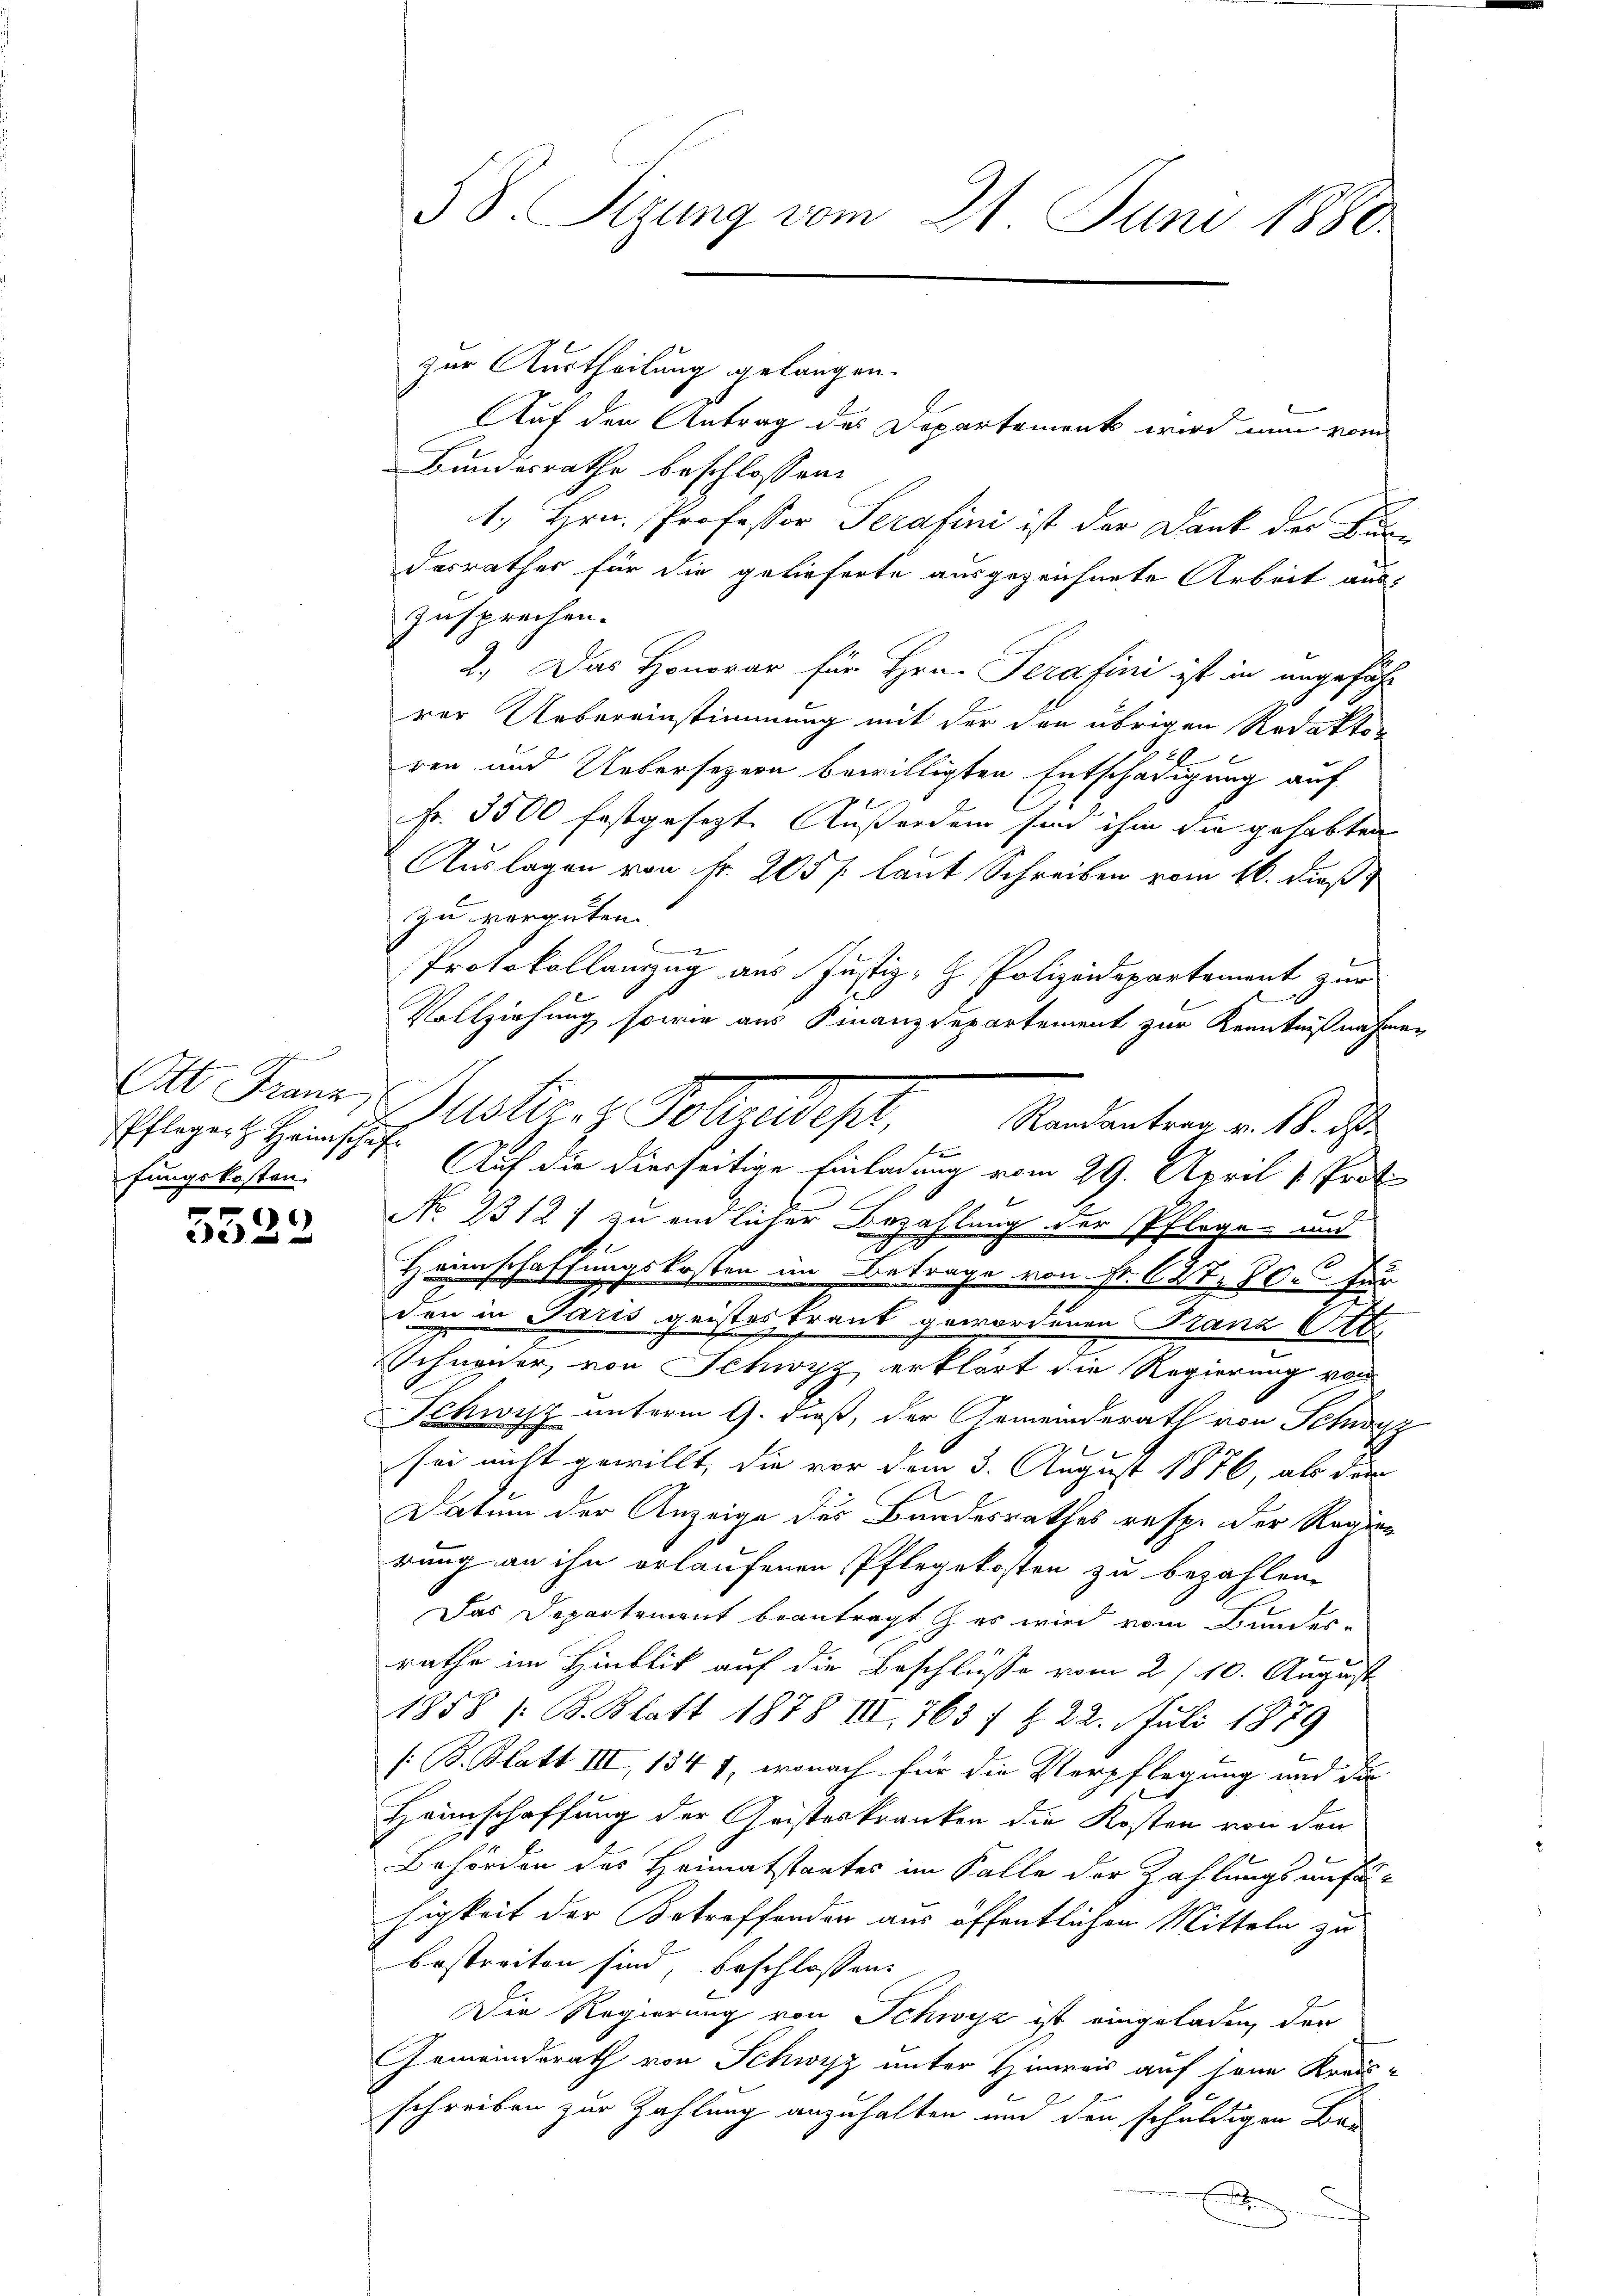
Pfleger Heimschaf
fungskosten.

5522

zur Austheilung gelangen.
Auf den Antrag des Departement wird nun vom
Bundesrathe beschlossen:
1., Hrn. Professor Serafini ist der Dank des Bun-
desrathes für die gelieferte ausgezeichnete Arbeit aus
zusprechen.
2.) Das Honorar für Hrn. Perafini ist in angeführ
rer Uebereinstimmung mit der den übrigen Redaktor
2
ren und Uebersezern bewilligten Entschädigung auf
Fr. 3500 festgesezt. Außerden sind ihm die gehabten
Auslagen von Fr. 205 f. laut Schreiben vom 16. dieß
zu vergüten.
Protokollauszug aus Justiz- & Polizeidepartement zur
Vollziehung sowie aus Finanzdepartement zur Kenntnißnahmen
Randantrag v. 18. d.
f
Auf die Dierseitige Einladung vom 29. April 1. Proto
No 1312) zu endlicher Bezahlung der Pflege und
auch
Heimschaffungskosten im Betrage von Fr. 637, 30. für
den in Paris geisteskrank gewordenen Franz Ob.
Schnener, von Schwyz erklärt die Regierung von
Schwyz unterm 9. dieß, der Gemeinderath von Schwyz
sei nicht gewillt, die vor dem 3. August 1876, als der
Datum der Anzeige des Bundesrathes resp. der Regien
rung an ihn erlaufenen Pflegekosten zu bezahlen.
Das Departement beantragt es wird vom Bundes-
.
rathe im Hinblik auf die Beschlusse vom 21. 10. August
1858 / B. Blatt 1878 III, 763 / § 22. Juli 1879
/ B. Blatt III, 1347, wonach für die Verpflegung und die
Heimschaffung der Geisteskranken die Kosten von den
Behörden des Heimatstaates im Falle der Zahlungsunfähigkeit der Betreffenden aus öffentlichen Mitteln zu
bestreiten sind, beschlossen:
Die Regierung von Schwyz ist eingeladen, der
Gemeinderath von Schwyz unter Hinweis auf sein Kreisschreiben zur Zahlung anzuhalten und den schuldigen Bau
.

58. Sizung vom 21. Juni 1880.

A. Franz, Motts. z. Polizeidept,